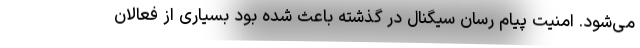
می‌شود. امنیت پیام رسان سیگنال در گذشته باعث شده بود بسیاری از فعالان